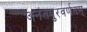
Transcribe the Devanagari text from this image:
अनंतपुरवर्णनम्